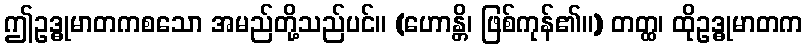
ဤဥဒ္ဓုမာတကစသော အမည်တို့သည်ပင်။ (ဟောန္တိ၊ ဖြစ်ကုန်၏။) တတ္ထ၊ ထိုဥဒ္ဓုမာတက